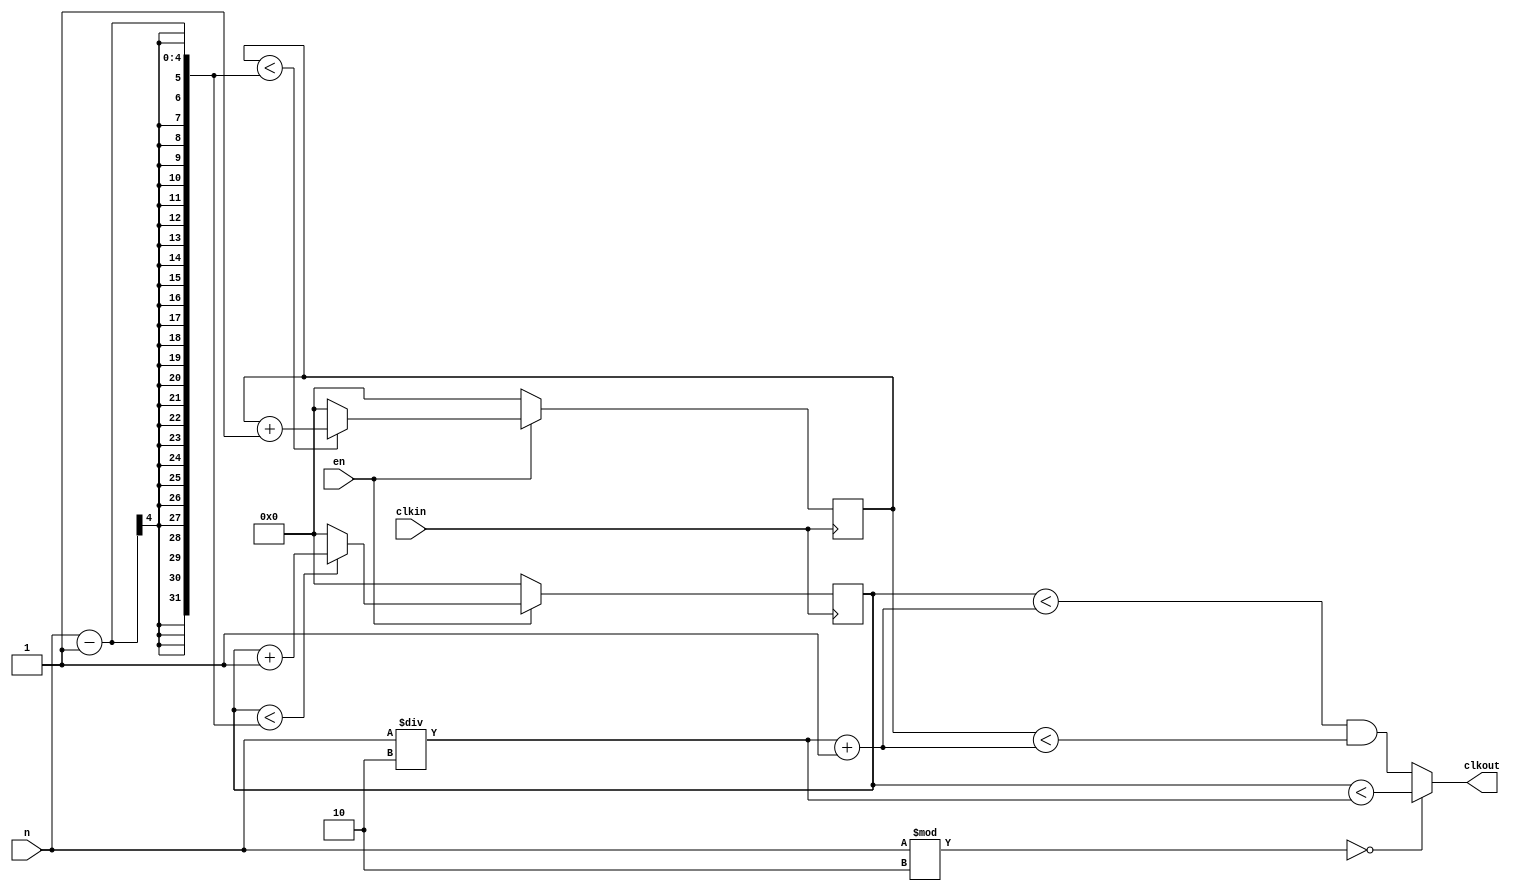
module PES_freqdiv(en,clkin,n,clkout);

input clkin;
input [3:0]n;
input en;
reg [3:0]pc;
reg [3:0]nc;
output clkout;

always@(posedge clkin)
begin
if(en==1)
begin
  if(pc<(n-1))
	pc<=pc+1;
  else
	pc<=0;
end
else
 pc<=0;
end

always@(negedge clkin)
begin
if(en==1)
begin
  if(nc<(n-1))
	nc<=nc+1;
  else
	nc<=0;
end
else
  nc<=0;
end

assign clkout=(n%2==0)?(pc<n/2):((pc<(n/2)+1)&&(nc<(n/2)+1));
endmodule